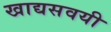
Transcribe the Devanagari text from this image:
खाद्यसवयी